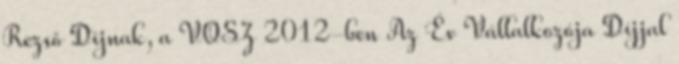
Rezsô Díjnak, a VOSZ 2012-ben Az Év Vállalkozója Díjjal